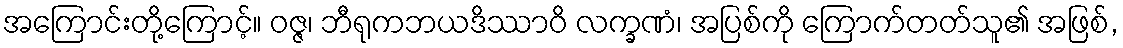
အကြောင်းတို့ကြောင့်။ ဝဇ္ဇ၊ ဘီရုကဘယဒိဿာဝိ လက္ခဏံ၊ အပြစ်ကို ကြောက်တတ်သူ၏ အဖြစ်,